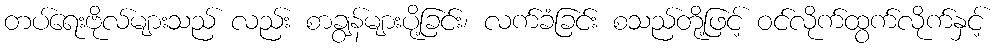
တပ်ရေးဗိုလ်များသည် လည်း စာချွန်များပို့ခြင်း၊ လက်ခံခြင်း စသည်တို့ဖြင့် ဝင်လိုက်ထွက်လိုက်နှင့်